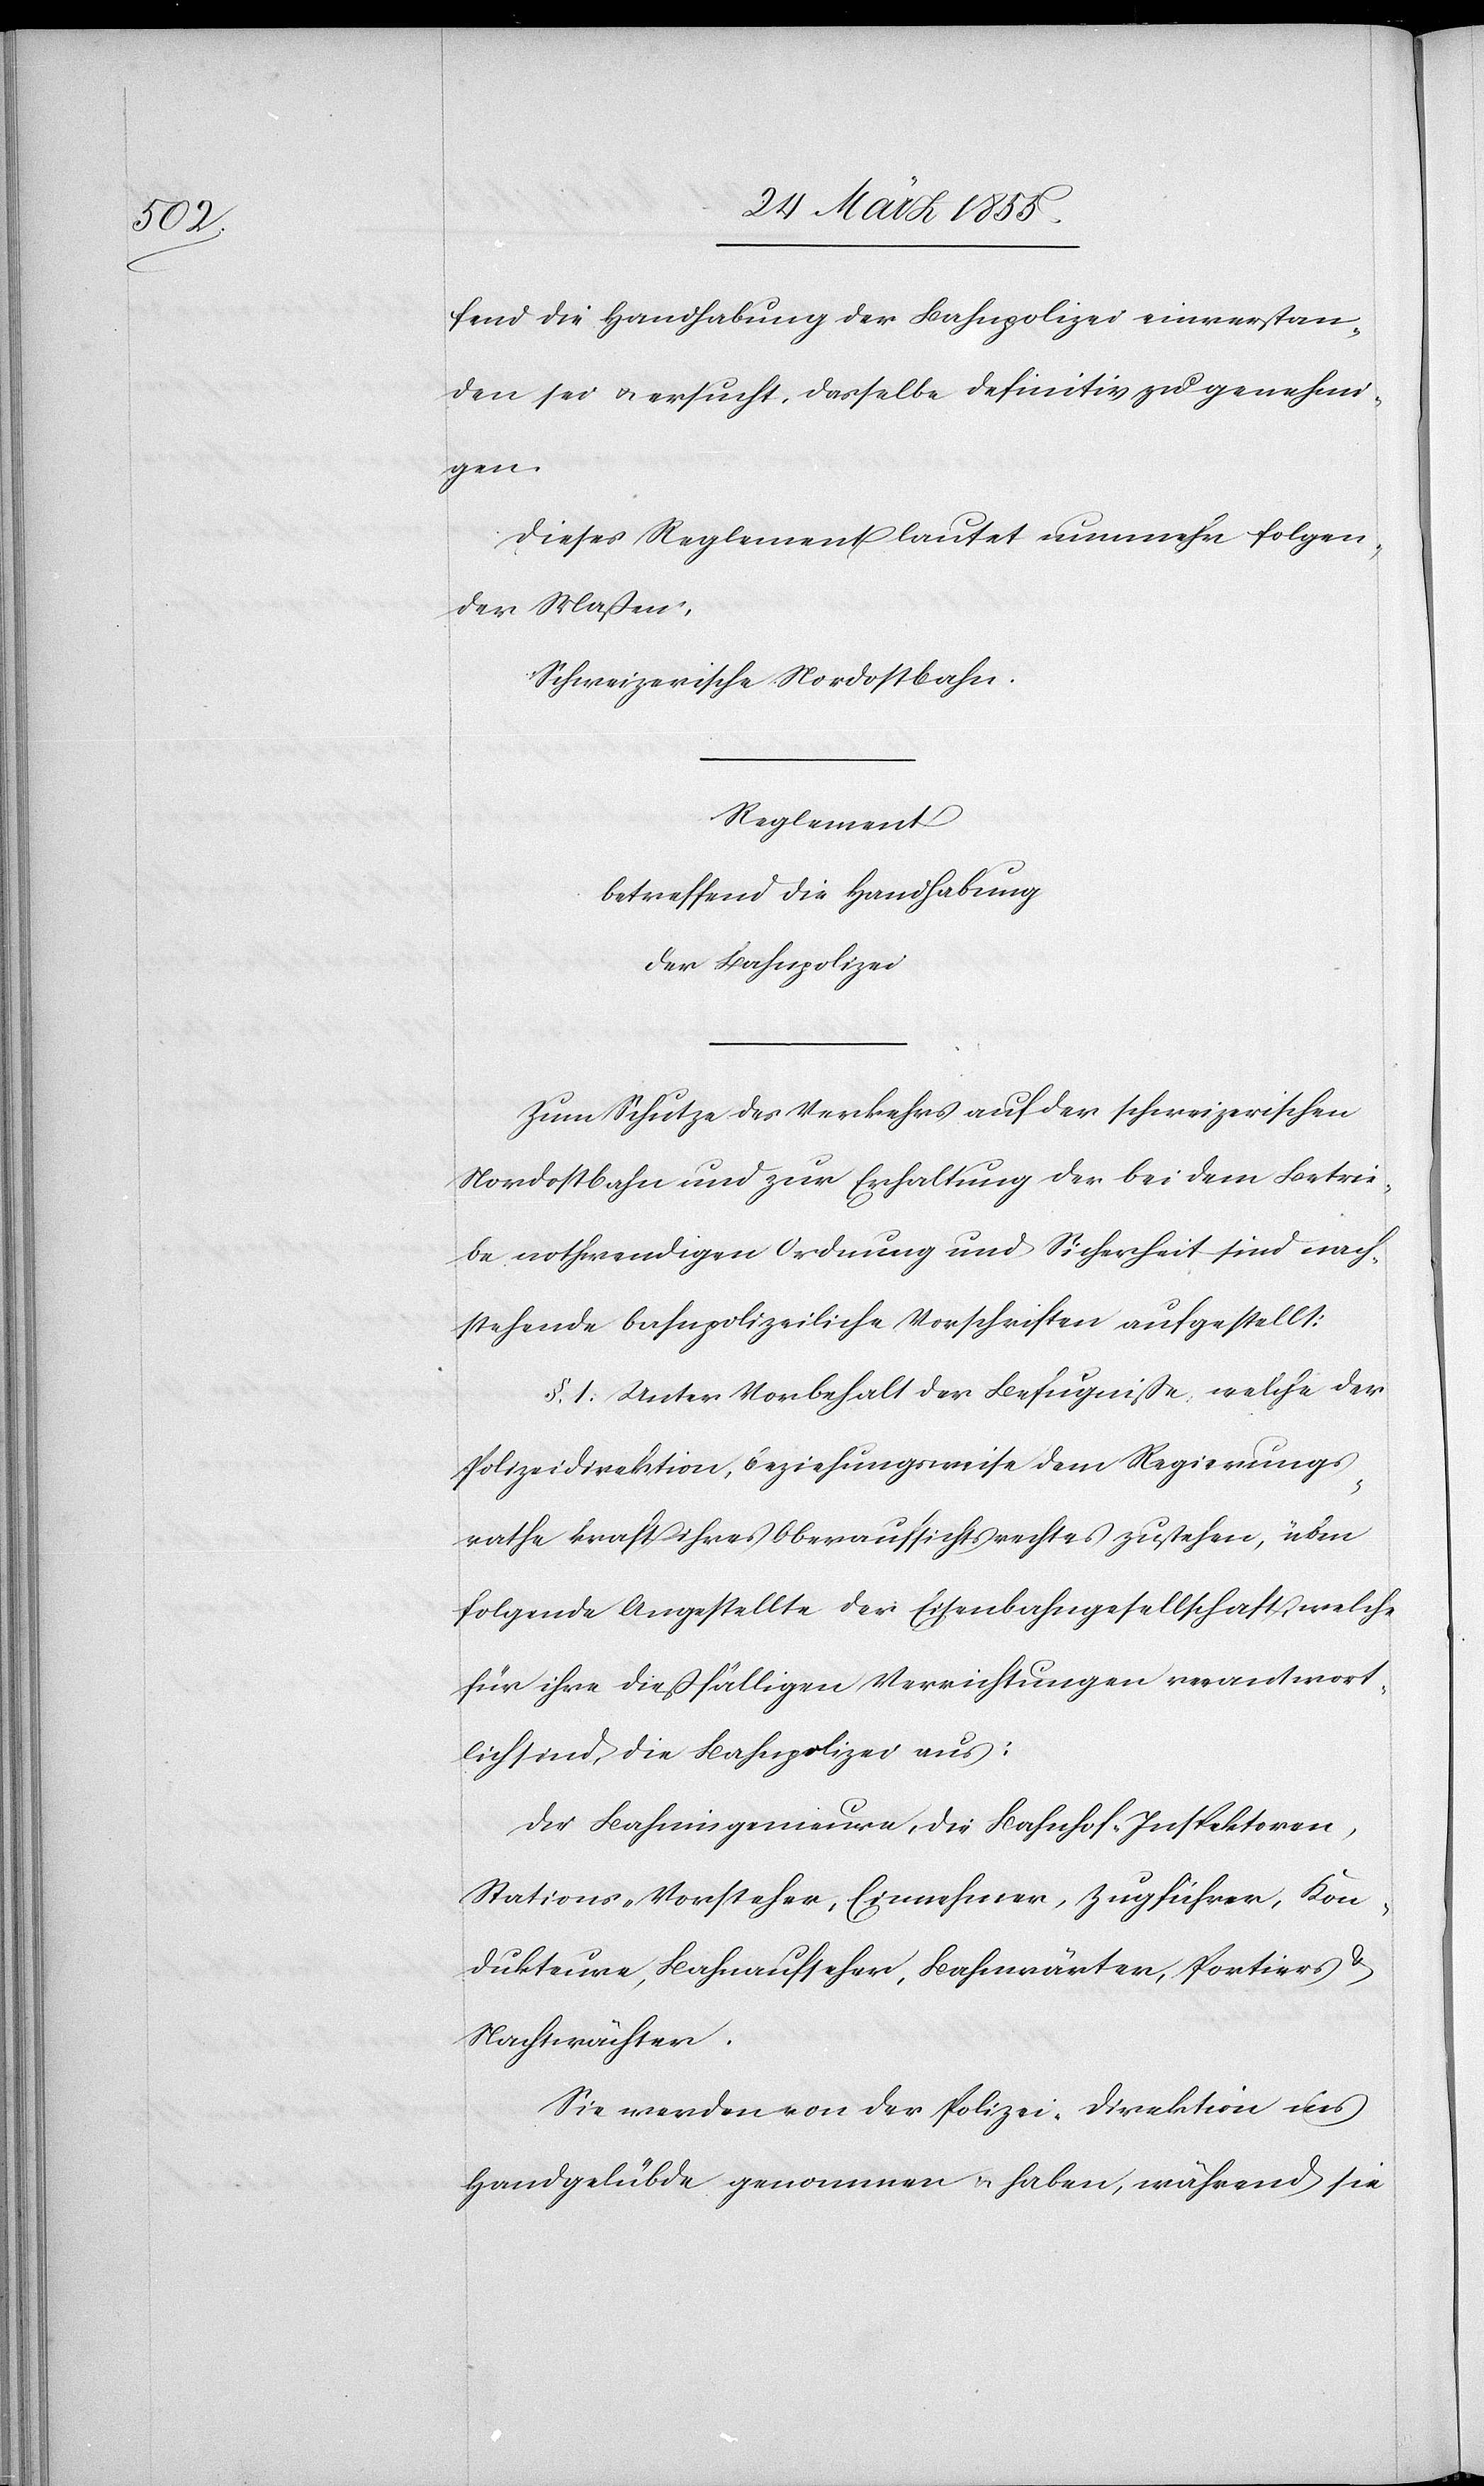
fend die Handhabung der Bahnpolizei einverstan¬
den sei & ersucht, dasselbe definitiv zu genehmi¬
gen.
Dieses Reglement lautet nunmehr folgen¬
der Maßen:
Schweizerische Nordostbahn.
_________
betreffend die Handhabung
der Bahnpolizei
Zum Schutze des Verkehrs auf der schweizerischen
Nordostbahn und zur Erhaltung der bei dem Betrie¬
be nothwendigen Ordnung und Sicherheit sind nach¬
stehende bahnpolizeiliche Vorschriften aufgestellt:
§. 1. Unter Vorbehalt der Befugniße, welche der
Polizeidirektion, beziehungsweise dem Regierungs¬
rathe kraft ihres Oberaufsichtsrechtes zustehen, üben
folgende Angestellte der Eisenbahngesellschaft, welche
für ihre dießfälligen Verrichtungen verantwort¬
lich sind, die Bahnpolizei aus:
Die Bahningenieure, die Bahnhof-Inspektoren,
Stations-Vorsteher, Einnehmer, Zugführer, Kon¬
dukteure, Bahnaufseher, Bahnwärter, Portiers &
Nachtwächter.
Sie werden von der Polizei-Direktion ins
Handgelübde genommen & haben, während sie